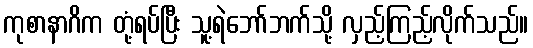
ကုစာနာဂိက တုံ့ရပ်ပြီး သူ့ရဲဘော်ဘက်သို့ လှည့်ကြည့်လိုက်သည်။